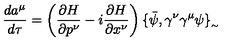
\frac { d a ^ { \mu } } { d \tau } = \left( \frac { \partial H } { \partial p ^ { \nu } } - i \frac { \partial H } { \partial x ^ { \nu } } \right) \{ \bar { \psi } , \gamma ^ { \nu } \gamma ^ { \mu } \psi \} _ { _ { \sim } }